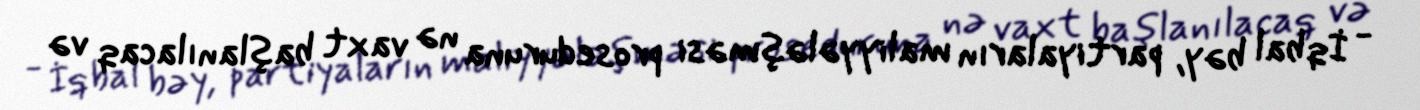
- İqbal bəy, partiyaların maliyyələşməsi proseduruna nə vaxt başlanılacaq və